Bombay plague: being a history of the progress of plague in the Bombay presidency from September 1896 to June 1899
Year: 1896
Disease focus: Plague
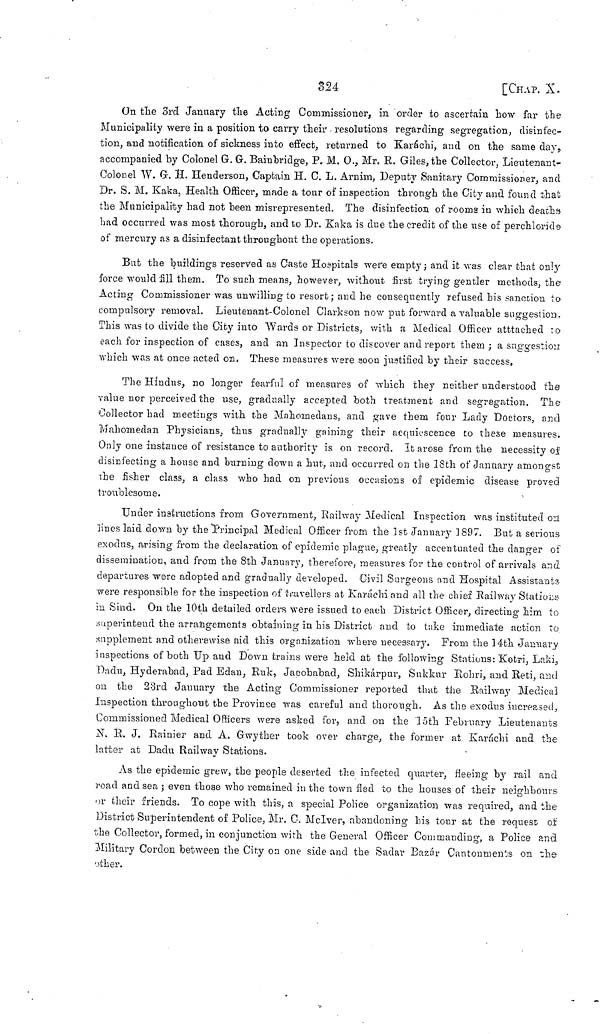
324
[CHAP. X.
On the 3rd January the Acting Commissioner, in order to ascertain how far the
Municipality were in a position to carry their . resolutions regarding segregation, disinfec-
tion, and notification of sickness into effect, returned to Karáchi, and on the same day,
accompanied by Colonel G. G. Bainbridge, P. M. O., Mr. R. Giles, the Collector, Lieutenant-
Colonel W. G. H. Henderson, Captain H. C. L. Arnim, Deputy Sanitary Commissioner, and
Dr. S. M. Kaka, Health Officer, made a tour of inspection through the City and found that
the Municipality had not been misrepresented. The disinfection of rooms in which deaths
had occurred was most thorough, and to Dr. Kaka is due the credit of the use of perchloride
of mercury as a disinfectant throughout the operations.
But the buildings reserved as Caste Hospitals were empty ; and it was clear that only
force would fill them. To such means, however, without first trying gentler methods, the
Acting Commissioner was unwilling to resort ; and he consequently refused his sanction to
compulsory removal. Lieutenant-Colonel Clarkson now put forward a valuable suggestion.
This was to divide the City into Wards or Districts, with a Medical Officer atttached to
each for inspection of cases, and an Inspector to discover and report them ; a suggestion
which was at once acted on. These measures were soon justified by their success.
The Hindus, no longer fearful of measures of which they neither understood the
value nor perceived the use, gradually accepted both treatment and segregation. The
Collector had meetings with the Mahomedans, and gave them four Lady Doctors, and
Mahomedan Physicians, thus gradually gaining their acquiescence to these measures.
Only one instance of resistance to authority is on record. It arose from the necessity of
disinfecting a house and burning down a hut, and occurred on the 18th of January amongst
the fisher class, a class who had on previous occasions of epidemic disease proved
troublesome.
Under instructions from Government, Railway Medical Inspection was instituted on
lines laid down by the Principal Medical Officer from the 1st January 1897. But a serious
exodus, arising from the declaration of epidemic plague, greatly accentuated the clanger of
dissemination, and from the 8th January, therefore, measures for the control of arrivals and
departures were adopted and gradually developed. Civil Surgeons and Hospital Assistants
were responsible for the inspection of travellers at Karachi and all the chief Railway Stations
in Sind. On the 10th detailed orders were issued to each District Officer, directing him to
superintend the arrangements obtaining in his District and to take immediate action to
supplement and otherewise aid this organization where necessary. From the 14th January
inspections of both Up and Down trains were held at the following Stations: Kotri, Laki,
Dadu, Hyderabad, Pad Edan, Ruk, Jacobabad, Shikárpur, Sukkur Rohri, and Reti, and
on the 23rd January the Acting Commissioner reported that the Railway Medical
Inspection throughout the Province was careful and thorough. As the exodus increased,
Commissioned Medical Officers were asked for, and on the 15th February Lieutenants
N. R. J. Rainier and A. Gwyther took over charge, the former at Karáchi and the
latter at Dadu Railway Stations.
As the epidemic grew, the people deserted the infected quarter, fleeing by rail and
road and sea ; even those who remained in the town fled to the houses of their neighbours
or their friends. To cope with this, a special Police organization was required, and the
District Superintendent of Police, Mr. C. McIver, abandoning his tour at the request of
the Collector, formed, in conjunction with the General Officer Commanding, a Police and
Military Cordon between the City on one side and the Sadar Bazár Cantonments on the
other.